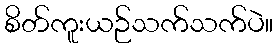
စိတ်ကူးယဉ်သက်သက်ပဲ။